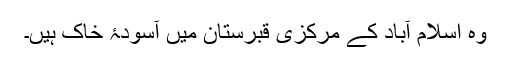
وہ اسلام آباد کے مرکزی قبرستان میں آسودۂ خاک ہیں۔